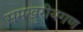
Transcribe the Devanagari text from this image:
समखुरीयगण